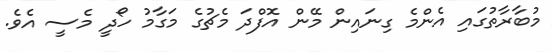
މުބާރާތުގައި އެންމެ ގިނައިން މޭން އޮފްދަ މެޗުގެ މަގާމު ހޯދީ މެސީ އެވެ.